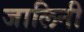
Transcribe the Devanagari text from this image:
जालिनी